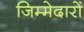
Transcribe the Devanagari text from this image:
जिम्मेदारों